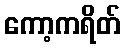
ကော့ကရိတ်